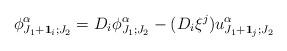
LaTeX: \begin{align*}\phi^{\alpha}_{J_1+\bold{1}_i;J_2}=D_i\phi^{\alpha}_{J_1;J_2}-(D_i\xi^j)u^{\alpha}_{J_1+\bold{1}_j;J_2}\end{align*}